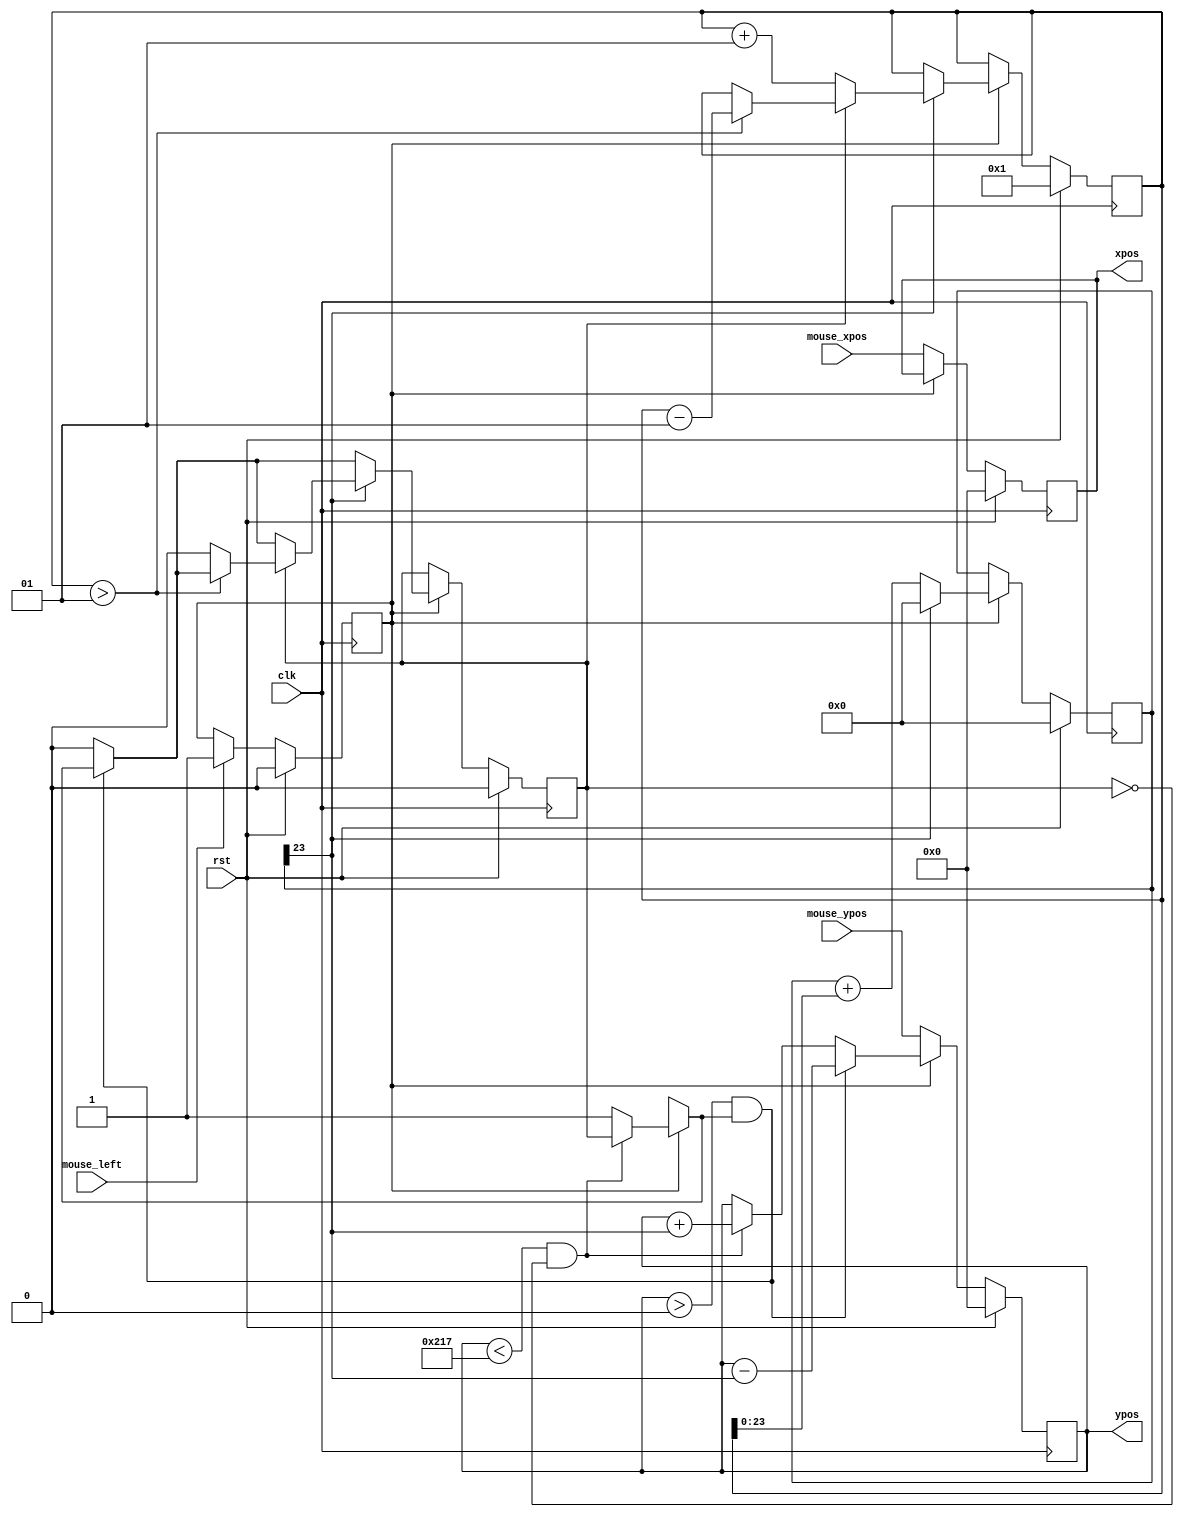
`timescale 1ns / 1ps

module draw_rect_ctl(
    input wire clk,
    input wire rst,
    input wire mouse_left,
    input wire [11:0] mouse_xpos,
    input wire [11:0] mouse_ypos,
    output reg [11:0] xpos,
    output reg [11:0] ypos
    );

localparam HEIGHT = 64;
localparam WIDTH = 48;

reg mode_clicked, mode_move,mode_clicked_nxt, mode_move_nxt;
reg [11:0] ypos_nxt,xpos_nxt;
reg [23:0] speed, speed_nxt;
integer acceleration, acceleration_nxt;

always @*
begin
    acceleration_nxt = acceleration;
    speed_nxt = speed;
    xpos_nxt = xpos;
    ypos_nxt = ypos;
    mode_clicked_nxt = mode_clicked;
    mode_move_nxt = mode_move;
    
    if(mouse_left == 1)
    begin
        mode_clicked_nxt = 1;
    end
    else
        mode_clicked_nxt = mode_clicked;
    
    if(mode_clicked == 1)
    begin
        if(ypos < 599 - HEIGHT  && mode_move == 0)
            ypos_nxt = ypos + speed[23];
        else
            mode_move_nxt = 1;
        
        if(ypos > 0 && mode_move_nxt == 1)
            ypos_nxt = ypos - speed[23];
        else
            mode_move_nxt = 0;
        
        speed_nxt = speed + acceleration;
        xpos_nxt = xpos;
        
        if(speed[23] == 1)
        begin
            speed_nxt = 0;
            if(mode_move == 0)
                acceleration_nxt = acceleration + 1;
            else
                if(acceleration > 1)
                    acceleration_nxt = acceleration - 1;
                else
                    mode_move_nxt = 0;
        end
    end
    else
    begin
        xpos_nxt = mouse_xpos;
        ypos_nxt = mouse_ypos;
    end
end

always@(posedge clk)
begin
    if(rst)
    begin
        xpos <= 0;
        ypos <= 0;
        speed <= 0;
        acceleration <= 1;
        mode_move <= 0;
        mode_clicked <= 0;
    end
    else
    begin
        xpos <= xpos_nxt;
        ypos <= ypos_nxt;
        speed <= speed_nxt;
        acceleration <= acceleration_nxt;
        mode_move <= mode_move_nxt;
        mode_clicked <= mode_clicked_nxt;
    end
end



endmodule